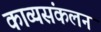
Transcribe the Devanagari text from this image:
काव्यसंकलन